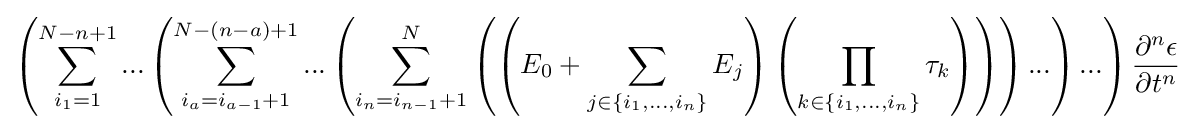
\left({\sum _{i_{1}=1}^{N-n+1}{...\left({\sum _{i_{a}=i_{a-1}+1}^{N-\left({n-a}\right)+1}{...\left({\sum _{i_{n}=i_{n-1}+1}^{N}{\left({\left({E_{0}+\sum _{j\in \left\{{i_{1},...,i_{n}}\right\}}{E_{j}}}\right)\left({\prod _{k\in \left\{{i_{1},...,i_{n}}\right\}}{\tau _{k}}}\right)}\right)}}\right)...}}\right)...}}\right){\frac {\partial ^{n}{\epsilon }}{\partial {t}^{n}}}